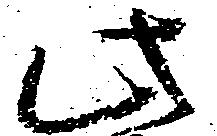
此